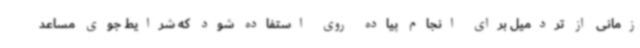
زمانی از تردمیل برای انجام پیاده روی استفاده شود که شرایط جوی مساعد